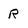
Character: R